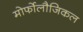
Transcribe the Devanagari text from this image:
मोर्फोलौजिकल